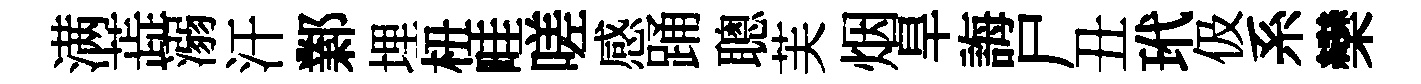
满蕋溺汗鄴埋杻畦嗟感踊聰芙烟旱誨尸丑玳伋系欒